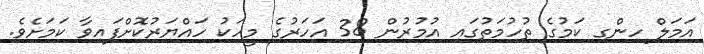
އަމަލް ހިންގި ކަމުގެ ތުހުމަތުގައި އުމުރުން 38 އަހަރުގެ މީހަކު ހައްޔަރުކޮށްފައިވާ ކަމަށެވެ.